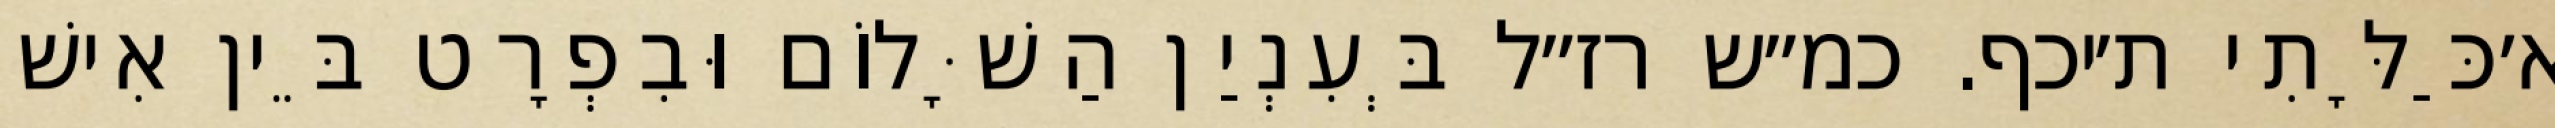
א׳כַּלָּתִי ת׳יכף. כמ״ש רז״ל בְּעִנְיַן הַשָּׁלוֹם וּבִפְרָט בֵּין אִישׁ